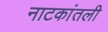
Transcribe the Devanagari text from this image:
नाटकांतली